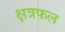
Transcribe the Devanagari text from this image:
क्षत्रफल